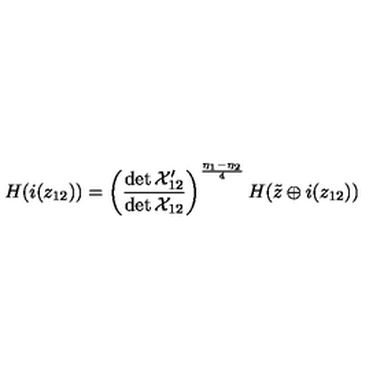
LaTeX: H ( i ( z _ { 1 2 } ) ) = \left( \frac { \det { \cal X } _ { 1 2 } ^ { \prime } } { \det { \cal X } _ { 1 2 } } \right) ^ { \frac { \eta _ { 1 } - \eta _ { 2 } } { 4 } } H ( \tilde { z } \oplus i ( z _ { 1 2 } ) )